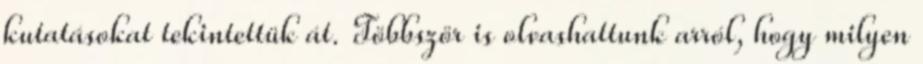
kutatásokat tekintettük át. Többször is olvashattunk arról, hogy milyen